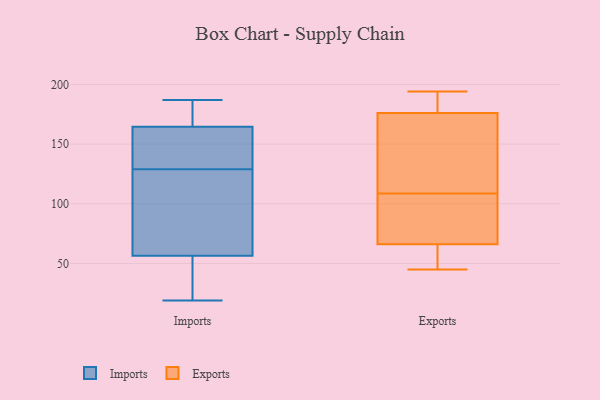
{"axis": {"x": "Shipments", "y": "Value"}, "legend": ["Exports", "Imports"], "data": [{"x": "", "y": 97, "type": "Imports"}, {"x": "", "y": 24, "type": "Imports"}, {"x": "", "y": 137, "type": "Imports"}, {"x": "", "y": 43, "type": "Imports"}, {"x": "", "y": 187, "type": "Imports"}, {"x": "", "y": 177, "type": "Imports"}, {"x": "", "y": 142, "type": "Imports"}, {"x": "", "y": 70, "type": "Imports"}, {"x": "", "y": 121, "type": "Imports"}, {"x": "", "y": 152, "type": "Imports"}, {"x": "", "y": 180, "type": "Imports"}, {"x": "", "y": 19, "type": "Imports"}, {"x": "", "y": 176, "type": "Exports"}, {"x": "", "y": 55, "type": "Exports"}, {"x": "", "y": 103, "type": "Exports"}, {"x": "", "y": 183, "type": "Exports"}, {"x": "", "y": 104, "type": "Exports"}, {"x": "", "y": 66, "type": "Exports"}, {"x": "", "y": 45, "type": "Exports"}, {"x": "", "y": 117, "type": "Exports"}, {"x": "", "y": 194, "type": "Exports"}, {"x": "", "y": 113, "type": "Exports"}]}